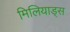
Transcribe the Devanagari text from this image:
मिलियाड्स